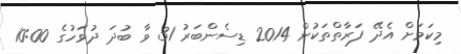
މިކަމަށް އެދޭ ފަރާތްތަކުން 2014 ޑިސެންބަރު 31 ވާ ބުދަ ދުވަހުގެ 10:00